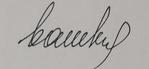
Signature authenticity: forged